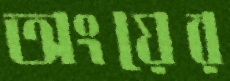
অংয়ের